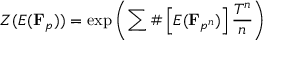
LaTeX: Z ( E ( \mathbf { F } _ { p } ) ) = \exp \left( \sum \# \left[ E ( { \mathbf { F } } _ { p ^ { n } } ) \right] { \frac { T ^ { n } } { n } } \right)